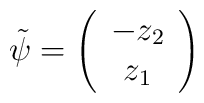
\tilde{\psi}=\left( \begin{array}{c} -z_{2}\\ z_{1}\end{array} \right)